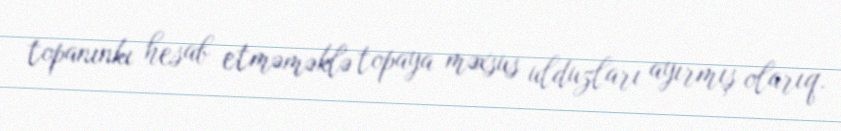
topanınkı hesab etməməklə topaya məxsus ulduzları ayırmış olarıq.